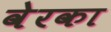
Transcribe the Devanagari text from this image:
वेरका